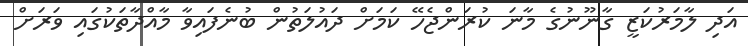
އަދި ލާމަރުކަޒީ ގާނޫނުގެ މާނަ ކުރަންޖެހޭ ކަމަށް ދައުލަތުން ބުނެފައިވާ މާއްދާތަކުގައި ވަރަށް